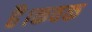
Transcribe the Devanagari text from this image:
है।कवक